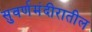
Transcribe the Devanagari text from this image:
सुवर्णमंदीरातील